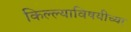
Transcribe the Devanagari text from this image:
किल्ल्याविषयीच्या